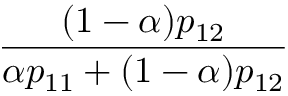
\frac { ( 1 - \alpha ) p _ { 1 2 } } { \alpha p _ { 1 1 } + ( 1 - \alpha ) p _ { 1 2 } }